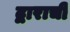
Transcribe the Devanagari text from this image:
द्वाराची